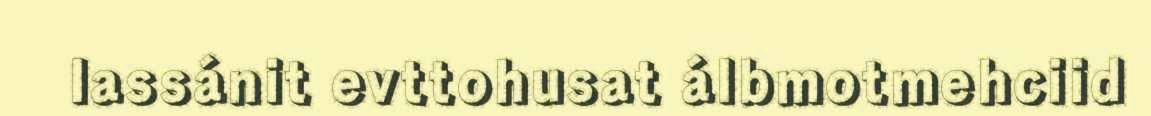
lassánit evttohusat álbmotmehciid